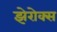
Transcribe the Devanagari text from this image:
झेरोक्स